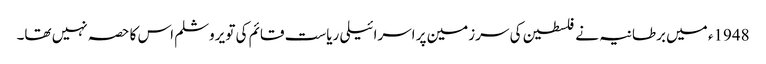
1948ء میں برطانیہ نے فلسطین کی سرزمین پر اسرائیلی ریاست قائم کی تو یروشلم اس کا حصہ نہیں تھا۔